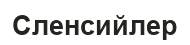
Сленсийлер